Elephants and their diseases
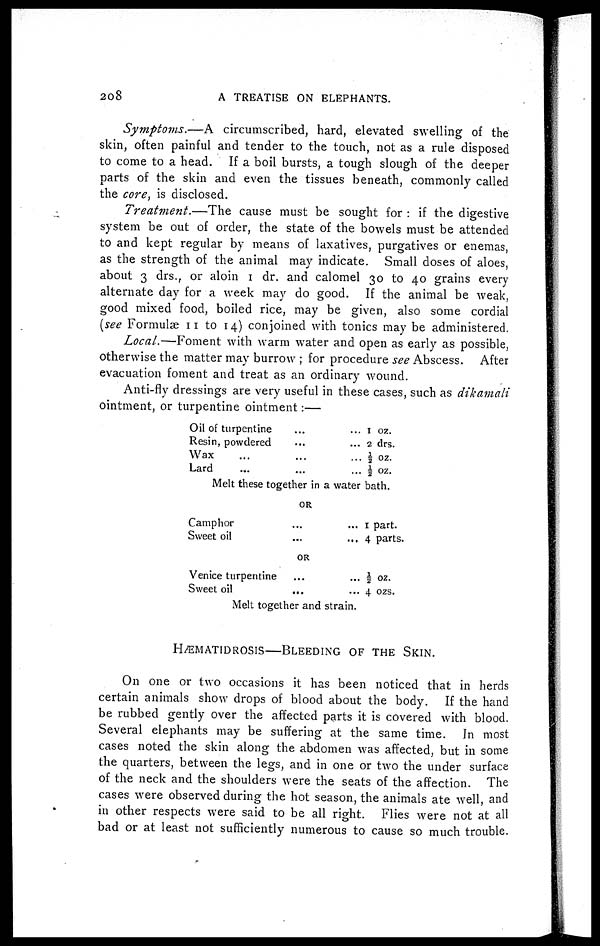
208
A TREATISE ON ELEPHANTS.
Symptoms.—A
circumscribed, hard, elevated swelling of the
skin, often painful and tender to the touch, not as a rule disposed
to come to a head. If a boil bursts, a tough slough of the deeper
parts of the skin and even the tissues beneath, commonly called
the core, is disclosed.
Treatment.—The
cause must be sought for : if the digestive
system be out of order, the state of the bowels must be attended
to and kept regular by means of laxatives, purgatives or enemas,
as the strength of the animal may indicate. Small doses of aloes,
about 3 drs., or aloin 1 dr. and calomel 30 to 40 grains every
alternate day for a week may do good. If the animal be weak,
good mixed food, boiled rice, may be given, also some cordial
(see Formulæ 11 to 14) conjoined with tonics may be administered.
Local.—Foment with warm water and open as early as possible,
otherwise the matter may burrow ; for procedure see Abscess. After
evacuation foment and treat as an ordinary wound.
Anti-fly dressings are very useful in these cases, such as dikamali
ointment, or turpentine ointment:—
Oil of turpentine
Resin, powdered
Wax
Lard
... 1 oz.
... 2 drs.
... ½ oz.
... ½ oz.
Melt these together in a water bath.
OR
Camphor
Sweet oil
... 1 part.
... 4 parts.
OR
Venice turpentine
Sweet oil
...
... ½ oz.
... 4 ozs.
Melt together and strain.
HÆMATIDROSIS—BLEEDING OF THE SKIN.
On one or two occasions it has been noticed that in herds
certain animals show drops of blood about the body. If the hand
be rubbed gently over the affected parts it is covered with blood.
Several elephants may be suffering at the same time. In most
cases noted the skin along the abdomen was affected, but in some
the quarters, between the legs, and in one or two the under surface
of the neck and the shoulders were the seats of the affection. The
cases were observed during the hot season, the animals ate well, and
in other respects were said to be all right. Flies were not at all
bad or at least not sufficiently numerous to cause so much trouble.